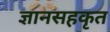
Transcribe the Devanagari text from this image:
ज्ञानसहकृत